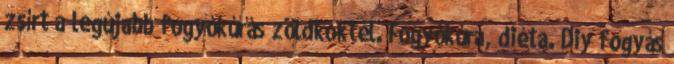
zsírt a legújabb fogyókúrás zöldkoktél. Fogyókúra, diéta. Diy fogyás